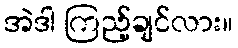
အဲဒါ ကြည့်ချင်လား။